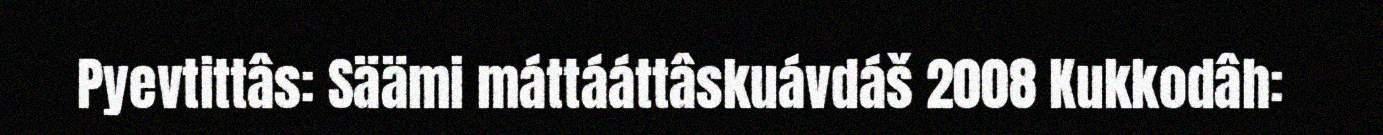
Pyevtittâs: Säämi máttááttâskuávdáš 2008 Kukkodâh: